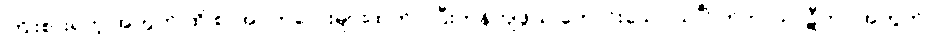
ကြိုးစားရတဲ့ အတွက် ထို စာအုပ်ကလေးများထက် ပိုပြီးကုန်ကျဖွယ် ကောင်းသော သင်္ဂြိုဟ်ဘာသာဋီကာ အတွက်